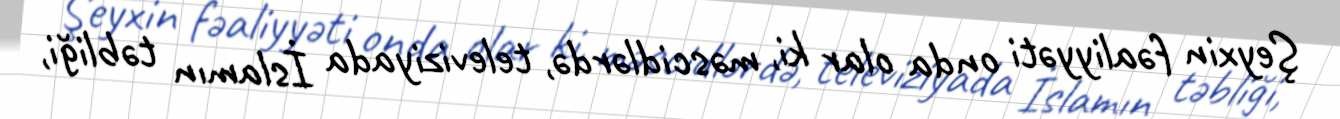
Şeyxin fəaliyyəti onda olar ki, məscidlərdə, televiziyada İslamın təbliği,